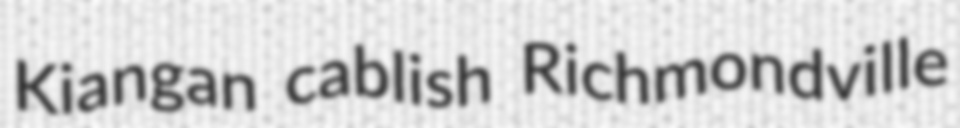
Kiangan cablish Richmondville